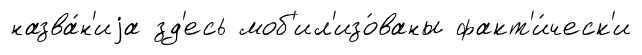
назва́н'иjа зд'есь моб'ил'изо́ваны факт'и́ческ'и